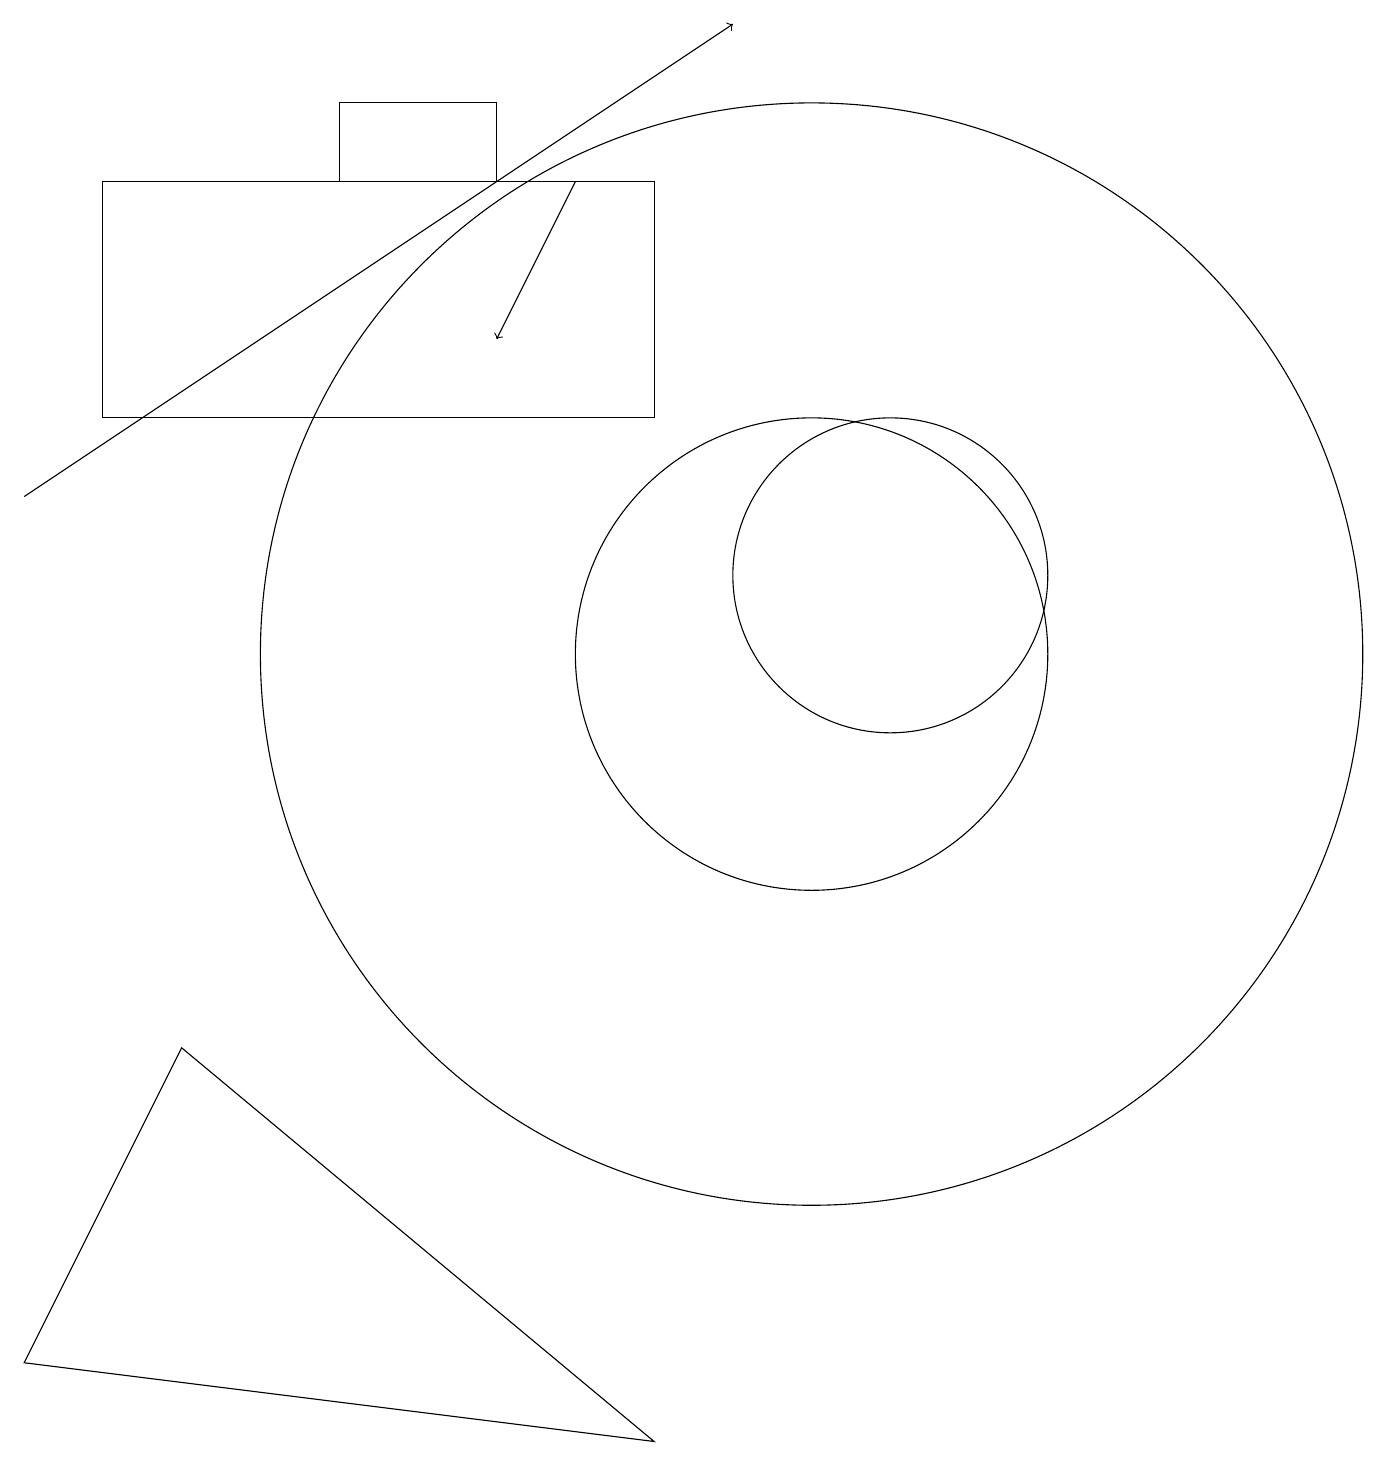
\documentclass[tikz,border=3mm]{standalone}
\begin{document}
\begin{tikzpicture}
\draw (10,10) circle (3);
\draw (6,16) rectangle (4,17);
\draw (8,16) rectangle (1,13);
\draw[->] (0,12) -- (9,18);
\draw (8,0) -- (0,1) -- (2,5) -- cycle;
\draw (11,11) circle (2);
\draw (10,10) circle (7);
\draw[->] (7,16) -- (6,14);
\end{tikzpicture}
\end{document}